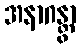
အနာဂန္တွာ